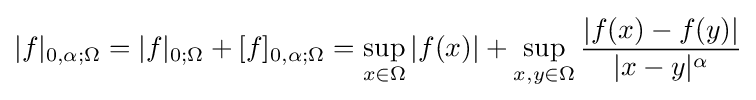
|f|_{0,\alpha ;\Omega }=|f|_{0;\Omega }+[f]_{0,\alpha ;\Omega }=\sup _{x\in \Omega }|f(x)|+\sup _{x,y\in \Omega }{\frac {|f(x)-f(y)|}{|x-y|^{\alpha }}}